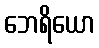
ဘေရိယော